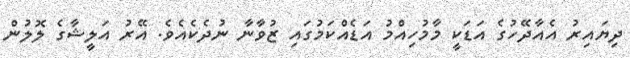
ދިޔައިރު އެއާދޭހުގެ އަޑަކީ މާމުހިއްމު އަޑެއްކަމުގައި ޒުވާނާ ނުދެކެއެވެ. އޭރު އަލީޝާގެ ލޮލުން